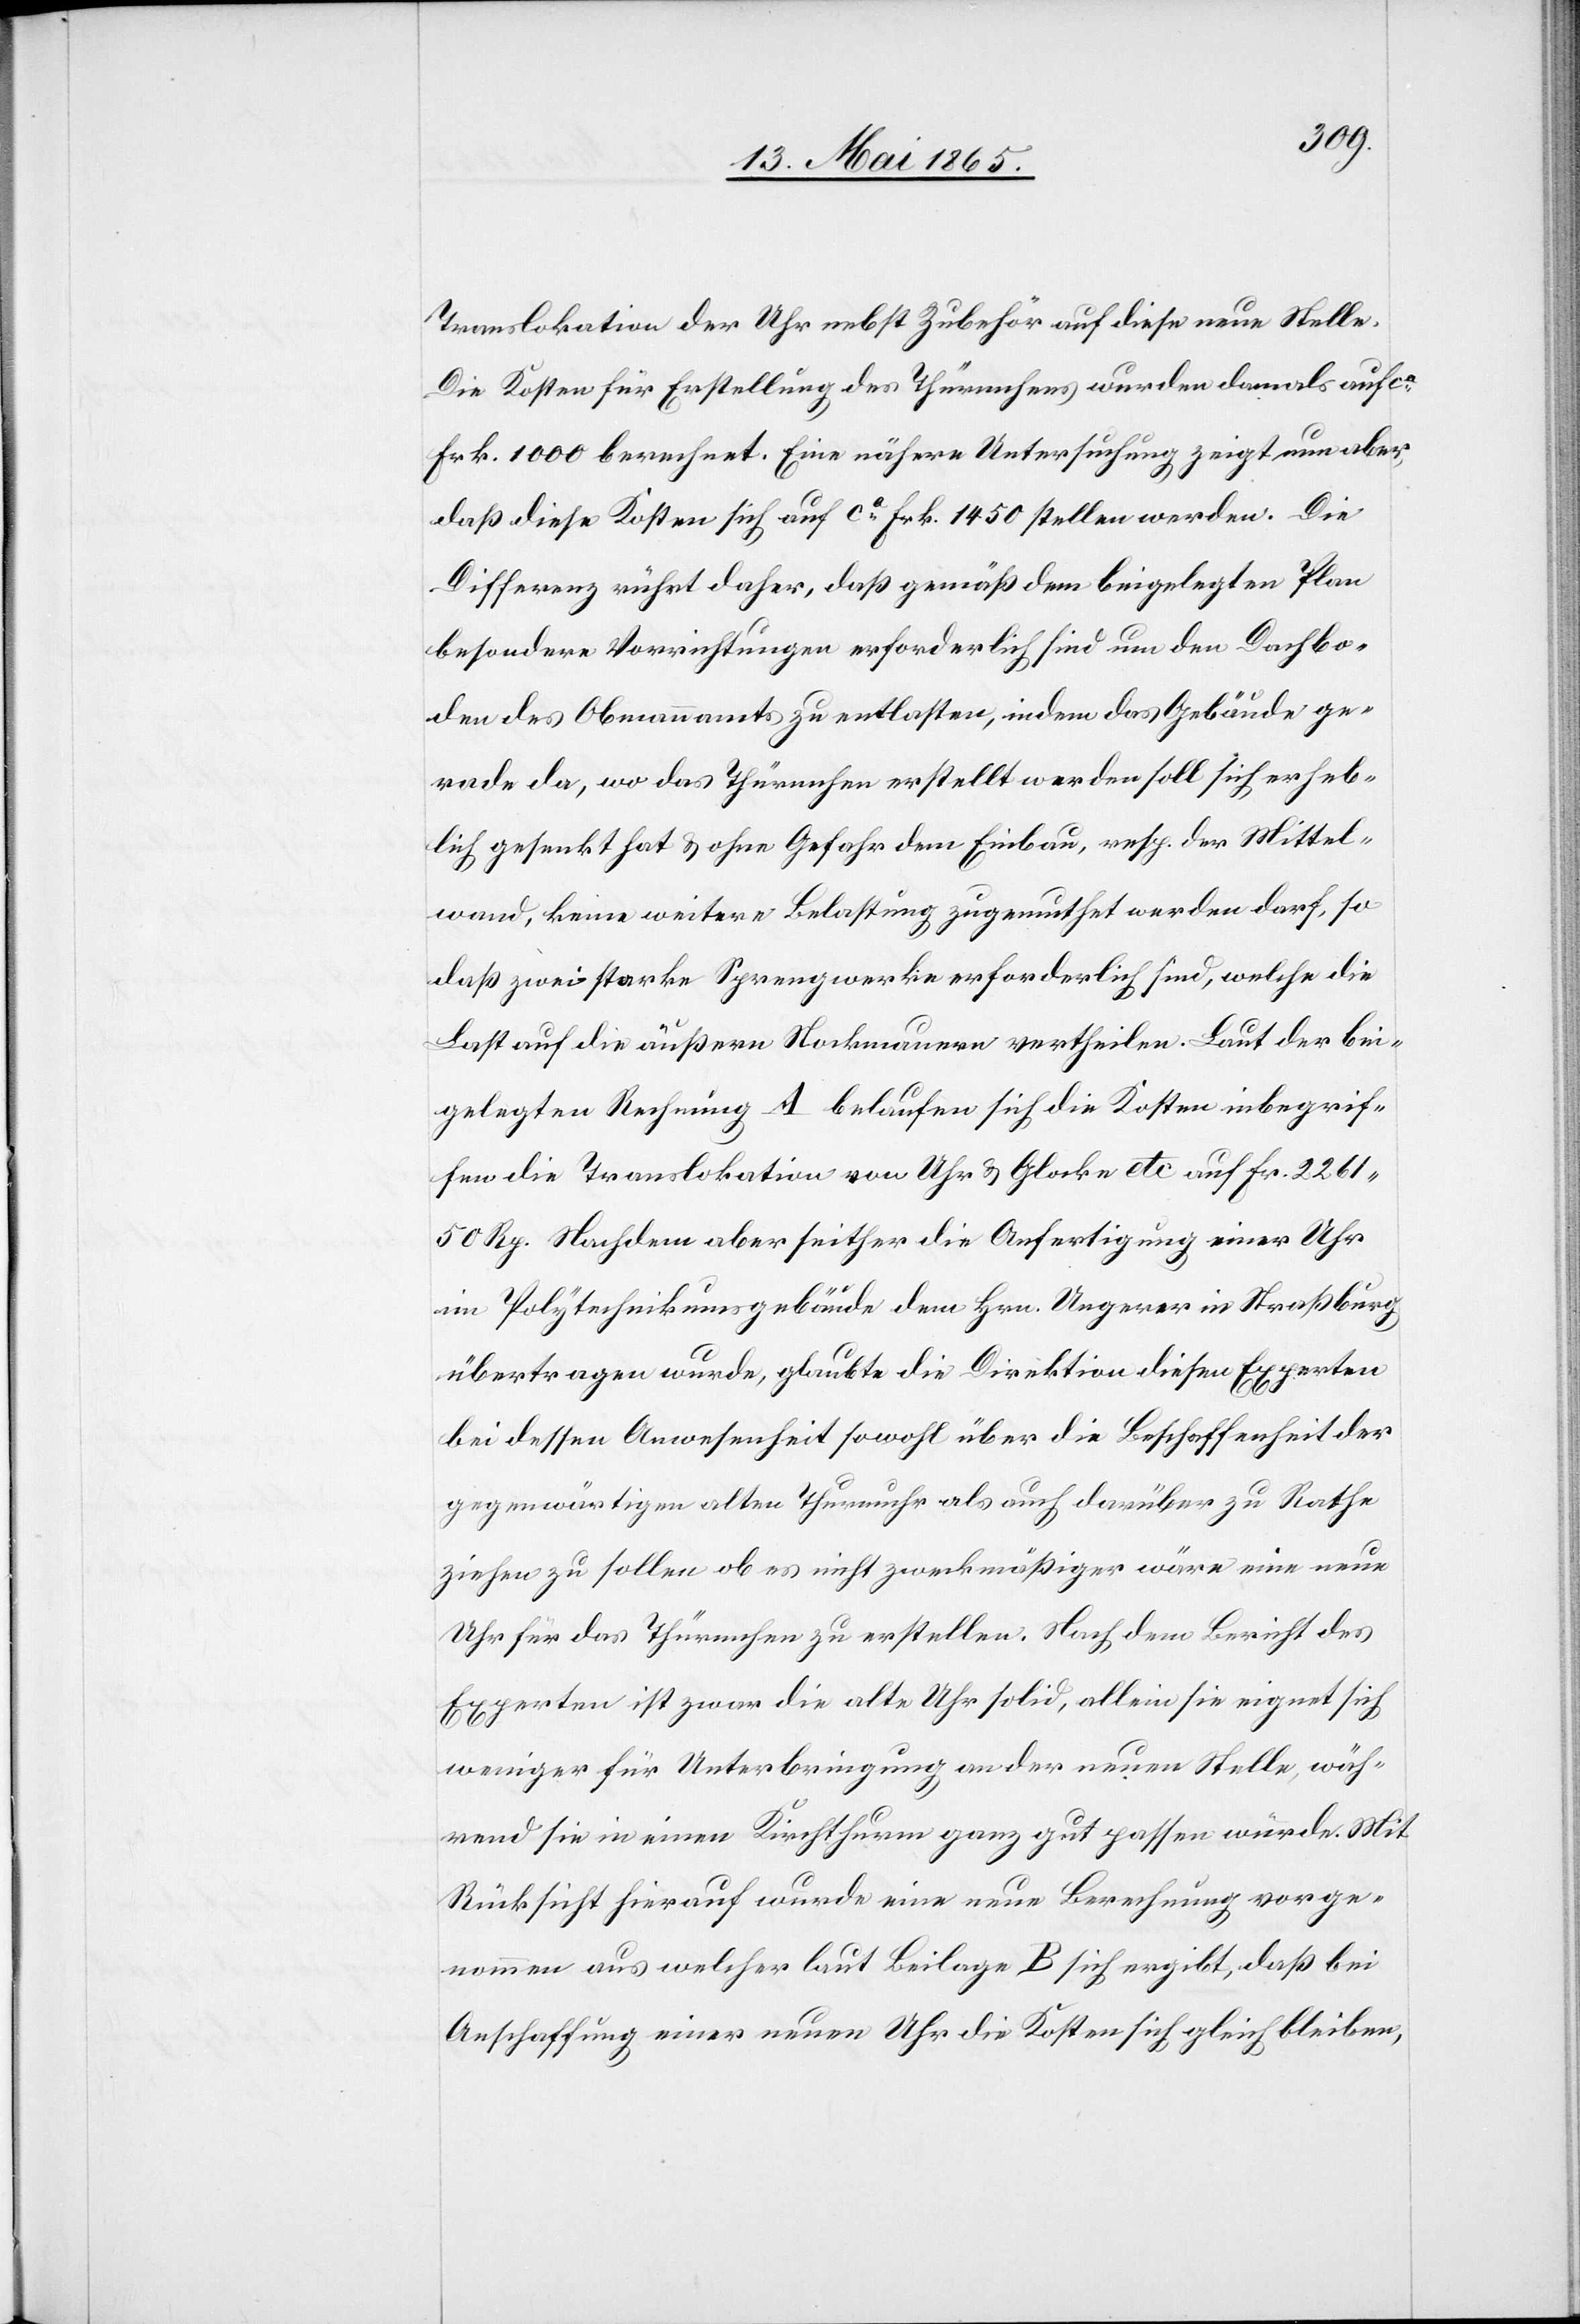
Translokation der Uhr nebst Zubehör auf diese neue Stelle.
Die Kosten für Erstellung des Thürmchens wurden damals auf ca
Frk. 1000 berechnet. Eine nähere Untersuchung zeigt nun aber,
daß diese Kosten sich auf ca Frk. 1450 stellen werden. Die
Differenz rührt daher, daß gemäß dem beigelegten Plan
besondere Vorrichtungen erforderlich sind um den Dachbo¬
den des Obmannamts zu entlasten, indem das Gebäude ge¬
rade da, wo das Thürmchen erstellt werden soll sich erheb¬
lich gesenkt hat & ohne Gefahr dem Einbau, resp. der Mittel¬
wand, keine weitere Belastung zugemuthet werden darf, so
daß zwei starke Sprengwerke erforderlich sind, welche die
Last auf die äußern Stockmauern vertheilen. Laut der bei¬
gelegten Rechnung A belaufen sich die Kosten inbegrif¬
fen die Translokation von Uhr & Glocke etc auf Fr. 2261
50 Rp. Nachdem aber seither die Anfertigung einer Uhr
im Polytechnikumsgebäude dem Hrn. Ungerer in Straßburg
übertragen wurde, glaubte die Direktion diesen Experten
bei dessen Anwesenheit sowohl über die Beschaffenheit der
gegenwärtigen alten Thurmuhr als auch darüber zu Rathe
ziehen zu sollen ob es nicht zweckmäßiger wäre eine neue
Uhr für das Thürmchen zu erstellen. Nach dem Bericht des
Experten ist zwar die alte Uhr solid, allein sie eignet sich
weniger für Unterbringung an der neuen Stelle wäh¬
rend sie in einen Kirchthurm ganz gut passen würde. Mit
Rücksicht hierauf wurde eine neue Berechnung vorge¬
nommen aus welcher laut Beilage B sich ergibt, daß bei
Anschaffung einer neuen Uhr die Kosten sich gleich bleiben,